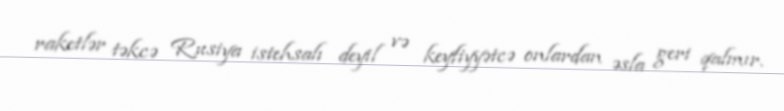
raketlər təkcə Rusiya istehsalı deyil və keyfiyyətcə onlardan əsla geri qalmır.